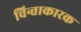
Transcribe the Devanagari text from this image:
चिन्ताकारक